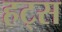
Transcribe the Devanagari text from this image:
हट्स